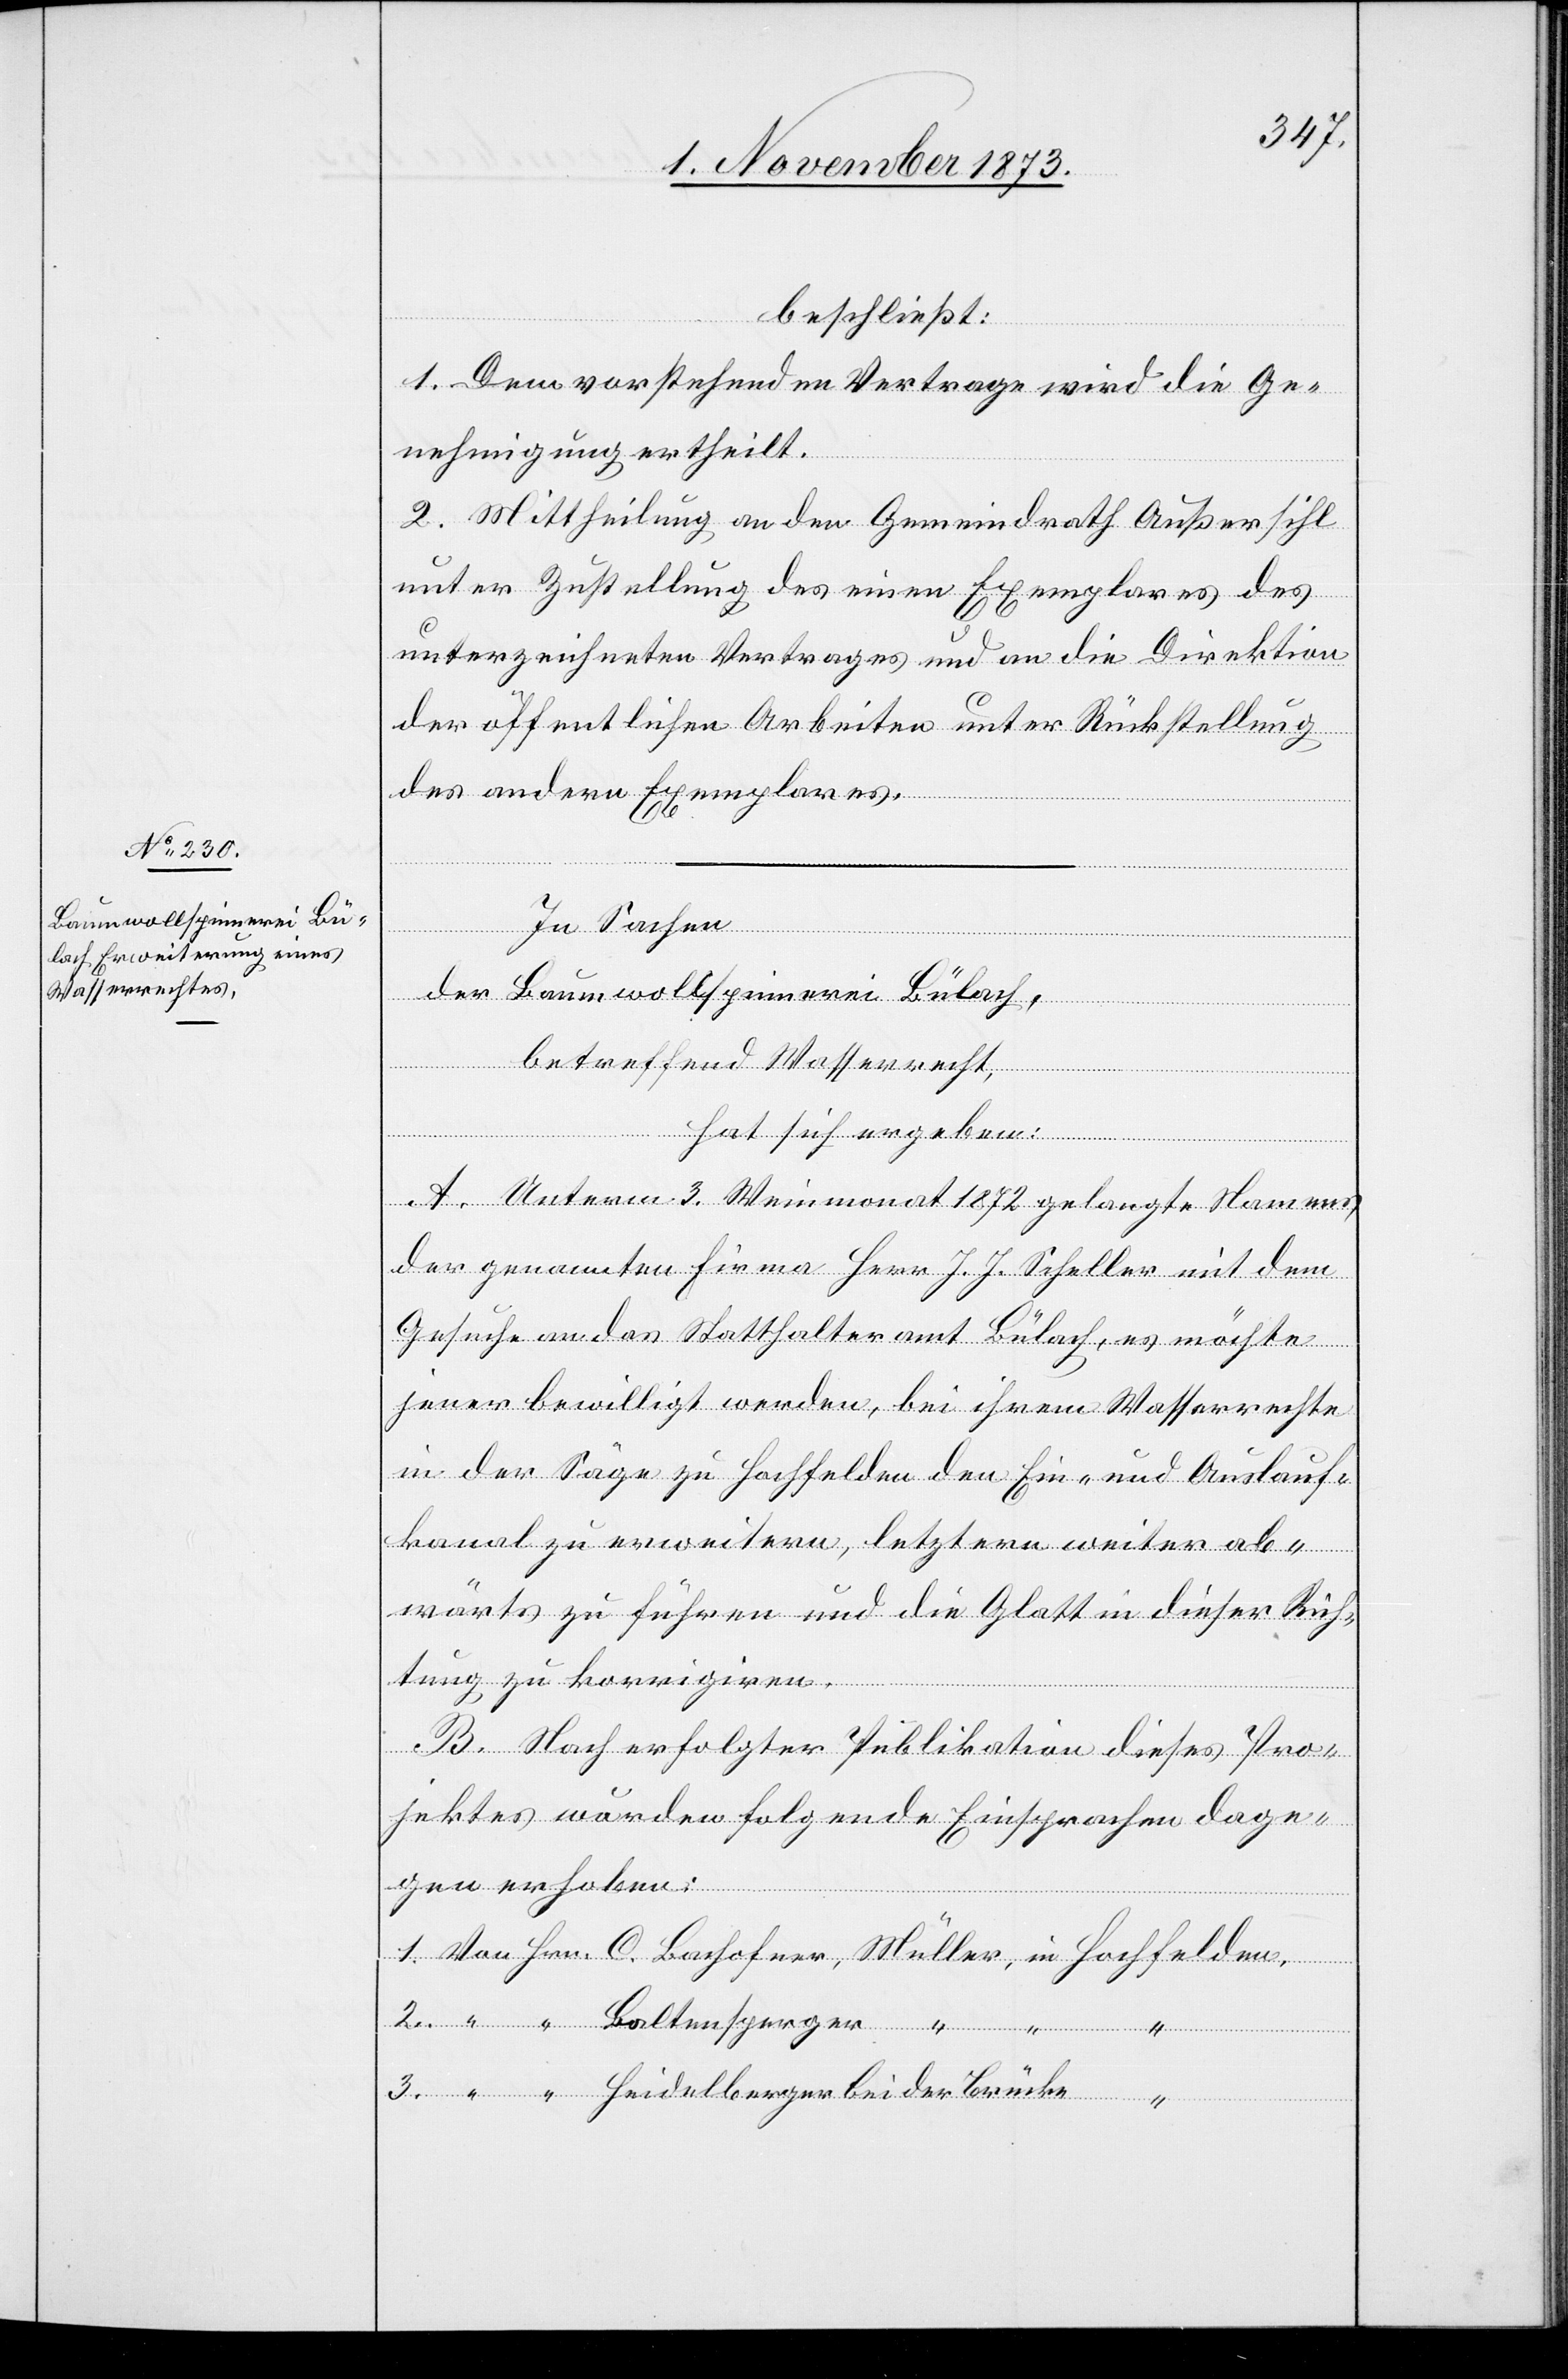
beschließt:
3.
1. Dem vorstehenden Vertrage wird die Ge¬
nehmigung ertheilt.
Baltensperger
2. Mittheilung an den Gemeindrath Außersihl
unter Zustellung des einen Exemplares des
unterzeichneten Vertrages und an die Direktion
der öffentlichen Arbeiten unter Rückstellung
des andern Exemplares.
In Sachen
der Baumwollspinnerei Bülach,
betreffend Wasserrecht,
A. Unterm 3. Weinmonat 1872 gelangte Namens
der genannten Firma Herr J. J. Scheller mit dem
Gesuche an das Statthalteramt Bülach, es möchte
jener bewilligt werden, bei ihrem Wasserrechte
in der Säge zu Hochfelden den Ein- und Auslauf¬
kanal zu erweitern, letztern weiter ab¬
wärts zu führen und die Glatt in dieser Rich¬
tung zu korrigiren.
B. Nach erfolgter Publikation dieses Pro¬
jektes wurden folgende Einsprachen dage¬
gen erhoben:
Heidelberger bei der Brücke